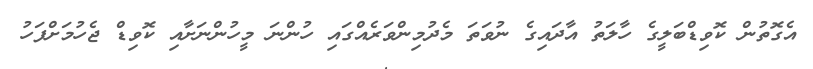
އެގޮތުން ކޮވިޑްބަލީގެ ހާލަތު އާދައިގެ ނުވަތަ މެދުމިންވަރެއްގައި ހުންނަ މީހުންނަށާއި ކޮވިޑް ޖެހުމަށްފަހު